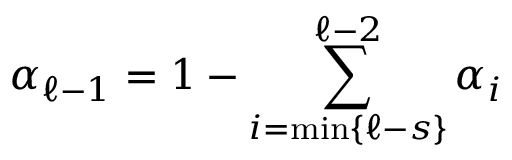
\alpha _ { \ell - 1 } = 1 - \sum _ { i = \operatorname* { m i n } \{ \ell - s \} } ^ { \ell - 2 } \alpha _ { i }